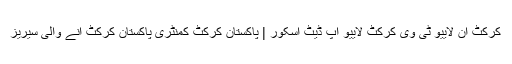
کرکٹ ان لايیو ٹی وی کرکٹ لايیو اپ ڈیٹ اسکور | پاکستان کرکٹ کمنٹری پاکستان کرکٹ انے والی سیریز